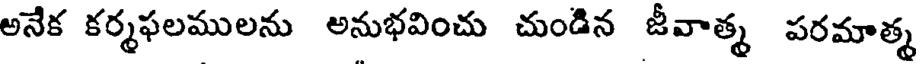
అనేక కర్మఫలములను అనుభవించు చుండిన జీవాత్మ పరమాత్మ